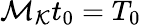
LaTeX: \mathcal{M}_{\mathcal{K}}t_{0}=T_{0}